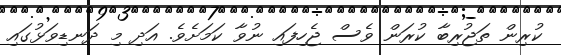
ކުރިން ތަޖުރިބާ ކުރަން ވެސް ޖެހިފައި ނުވާ ކަމަށެވެ. އަދި މި ދަނޑިވަޅުގައި